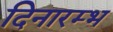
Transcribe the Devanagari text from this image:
दिनारम्भ